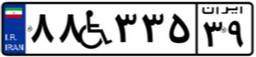
۸۸W۳۳۵۳۹